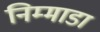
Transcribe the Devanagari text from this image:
निम्माडा